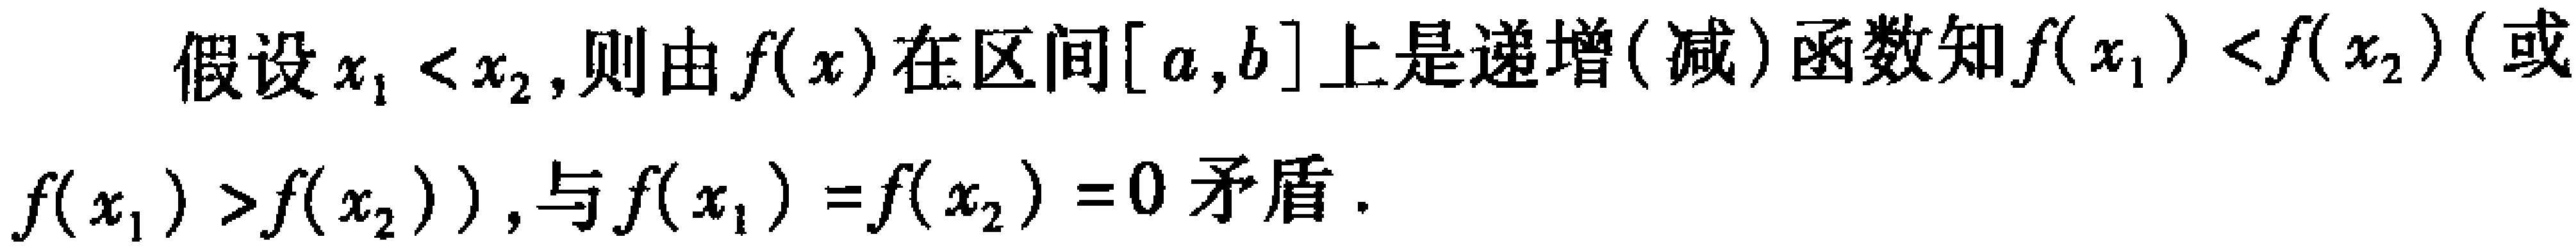
假设$x_{1} < x_{2}$,则由$f(x)$在区间$[a,b]$上是递增(减)函数知$f(x_{1}) < f(x_{2})$(或$f(x_{1}) > f(x_{2})$),与$f(x_{1}) = f(x_{2}) = 0$矛盾.